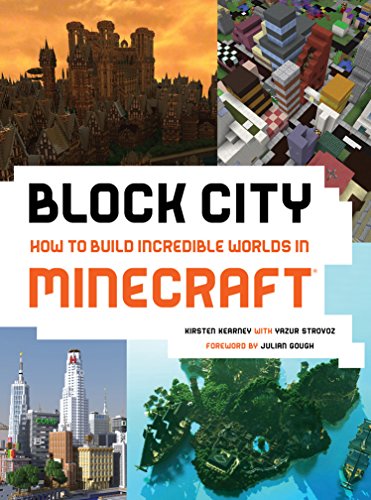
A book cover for Block City: Incredible Minecraft Worlds: How to Build Like a Minecraft Master; Kirsten Kearney; Humor & Entertainment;